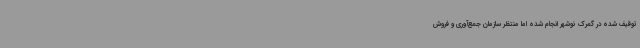
توقیف شده در گمرک نوشهر انجام شده اما منتظر سازمان جمع‌آوری و فروش